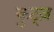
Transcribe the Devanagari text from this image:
कुट्ज़